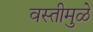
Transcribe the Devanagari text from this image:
वस्तीमुळे